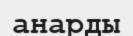
анарды